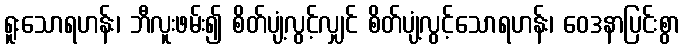
ရူးသောရဟန်း၊ ဘီလူးဖမ်း၍ စိတ်ပျံ့လွင့်လျှင် စိတ်ပျံ့လွင့်သောရဟန်း၊ ဝေဒနာပြင်းစွာ